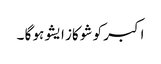
اکبر کو شو کاز ایشو ہو گا ۔